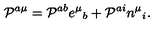
{ \cal P } ^ { a \mu } = { \cal P } ^ { a b } e ^ { \mu } { } _ { b } + { \cal P } ^ { a i } n ^ { \mu } { } _ { i } .